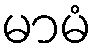
မာမံ